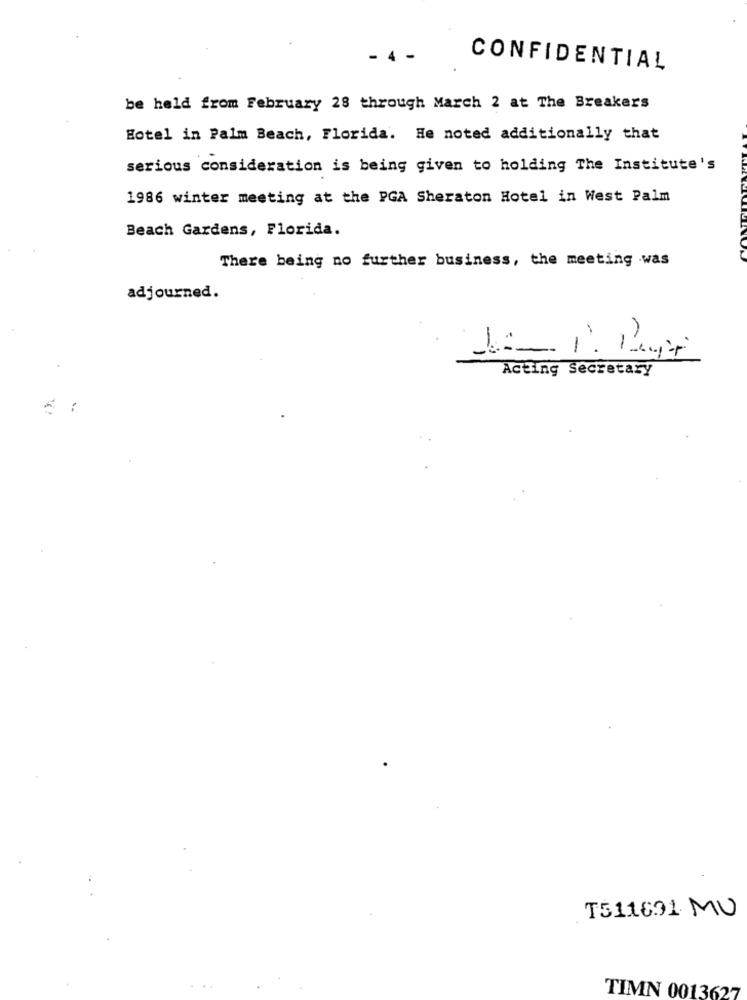
CONFIDENTIAL
be held from February 28 through March 2 at The Breakers
Hotel in Palm Beach, Florida. He noted additionally that
serious consideration is being given to holding The Institute's
1986 winter meeting at the PGA Sheraton Hotel in West Palm
Beach Gardens, Florida.
There being no further business, the meeting was
adjourned.
Acting Secretary
T511631 MU
TIMN 0013627